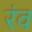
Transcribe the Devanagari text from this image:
रंव